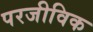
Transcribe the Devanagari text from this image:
परजीविक